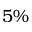
5 \%